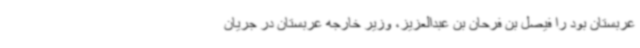
عربستان بود را فیصل بن فرحان بن عبدالعزیز، وزیر خارجه عربستان در جریان